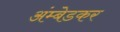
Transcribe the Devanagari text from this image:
अंम्बेडकर